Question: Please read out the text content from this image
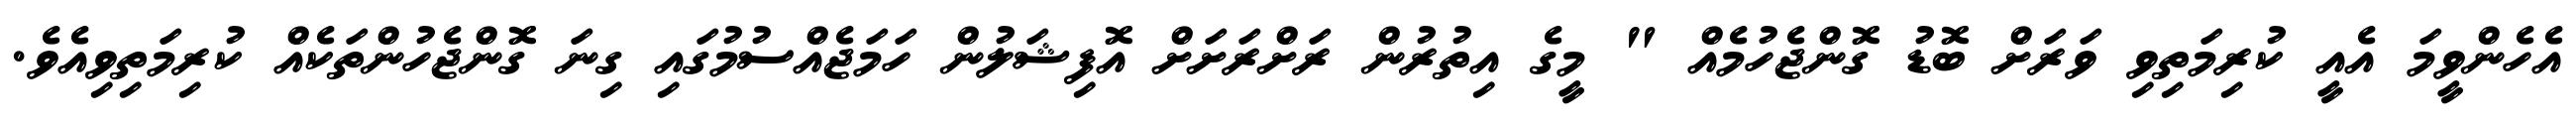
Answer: އެހެންވީމަ އެއީ ކުރިމަތިވި ވަރަށް ބޮޑު ގޮންޖެހުމެއް " މީގެ އިތުރުން ރަށްރަށަށް އޮފިޝަލުން ހަމަޖެއްސުމުގައި ގިނަ ގޮންޖެހުންތަކެއް ކުރިމަތިވިއެވެ.